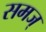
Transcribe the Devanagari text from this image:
समज्